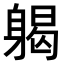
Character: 𨉪